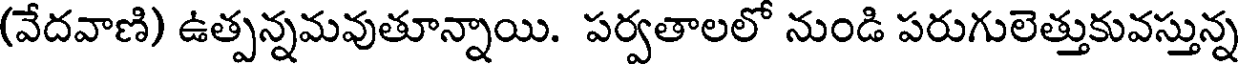
(వేదవాణి) ఉత్పన్నమవుతూన్నాయి. పర్వతాలలో నుండి పరుగులెత్తుకువస్తున్న